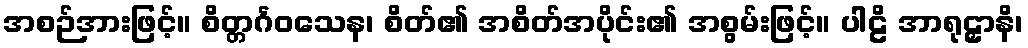
အစဉ်အားဖြင့်။ စိတ္တင်္ဂဝသေန၊ စိတ်၏ အစိတ်အပိုင်း၏ အစွမ်းဖြင့်။ ပါဠိ အာရုဠှာနိ၊